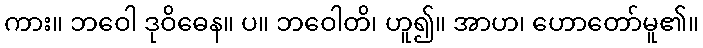
ကား။ ဘဝေါ ဒုဝိဓေန။ ပ။ ဘဝေါတိ၊ ဟူ၍။ အာဟ၊ ဟောတော်မူ၏။